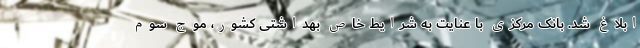
ابلاغ شد. بانک مرکزی با عنایت به شرایط خاص بهداشتی کشور، موج سوم